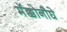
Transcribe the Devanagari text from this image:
मॅक्कोनौघे